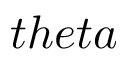
t h e t a